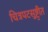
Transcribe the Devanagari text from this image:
चित्रपटसुष्ट्रीत